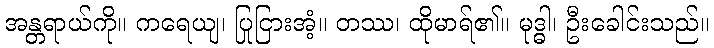
အန္တရာယ်ကို။ ကရေယျ၊ ပြုငြားအံ့။ တဿ၊ ထိုမာရ်၏။ မုဒ္ဓါ၊ ဦးခေါင်းသည်။